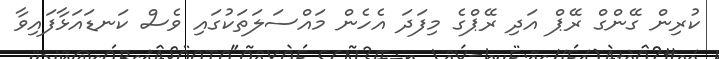
ކުރިން ގޭންގް ރޭޕް އަދި ރޭޕްގެ މިފަދަ އެހެން މައްސަލަތަކުގައި ވެސް ކަނޑައަޅާފައިވާ